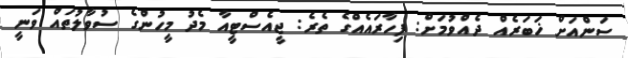
ސަންއަށް ޚަބަރެއް ދެއްވުމަށް: ފިހާރައެއްގެ ތެރެ: ޖީއެސްޓީއާ މެދު މީހުންގެ ސުވާލުތައް ވަނީ